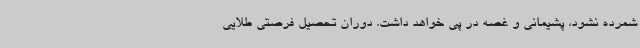
شمرده نشود، پشیمانی و غصه در پی خواهد داشت. دوران تحصیل فرصتی طلایی